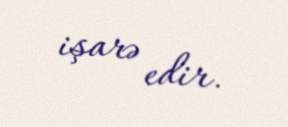
işarə edir.